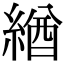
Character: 緧